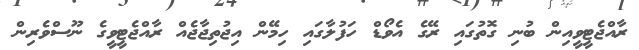
ރާއްޖެޓީވީއިން ބުނި ގޮތުގައި ރޭގެ އެވޯޑް ހަފުލާގައި ހިމޭން އިޖުތިޖާޖެއް ރާއްޖެޓީވީގެ ނޫސްވެރިން